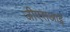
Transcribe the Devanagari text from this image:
जीएसआई